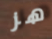
هز